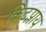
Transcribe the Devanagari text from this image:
किटप्लाय